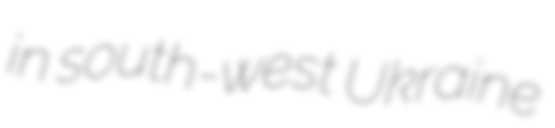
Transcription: in south-west Ukraine